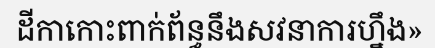
ដីកាកោះពាក់ព័ន្ធនឹងសវនាការហ្នឹង»